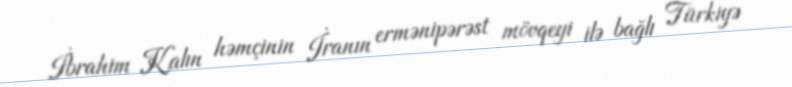
İbrahim Kalın həmçinin İranın ermənipərəst mövqeyi ilə bağlı Türkiyə